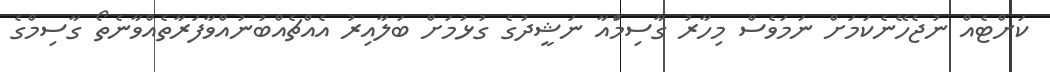
ކަށްޓެއް ނުޖެހޭނެކަމަށް ނަމަވެސް މިހާރު ގާސިމްައާ ނަޝީދުގެ ގުޅުމަށް ބަލާއިރު އެއްޗެއްބުުނުއްވާފަރާތެއްވާނެތޯ ގާސިމްގެ